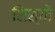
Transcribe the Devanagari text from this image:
शिश्यों